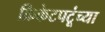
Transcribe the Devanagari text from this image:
क्रिकेटपटूंच्या